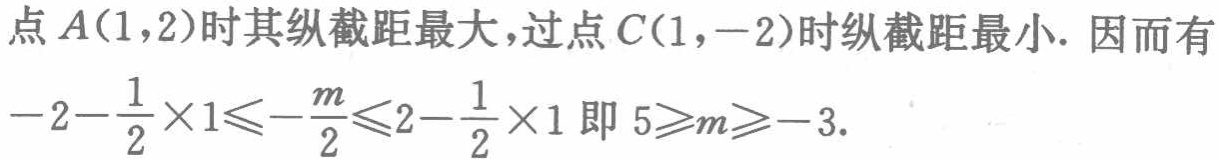
点\(A(1,2)\)时其纵截距最大，过点\(C(1,-2)\)时纵截距最小. 因而有\(-2 - \frac{1}{2}×1\leqslant - \frac{m}{2}\leqslant 2 - \frac{1}{2}×1\)即 \(5\geqslant m\geqslant - 3\).